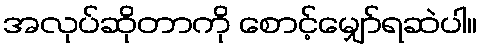
အလုပ်ဆိုတာကို စောင့်မျှော်ရဆဲပါ။